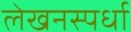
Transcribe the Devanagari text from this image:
लेखनस्पर्धा